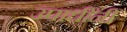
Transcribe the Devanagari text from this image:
उपाधींनी